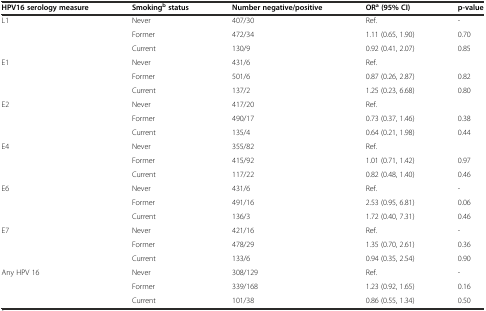
| HPV16 serology measure | Smokingbstatus | Number negative/positive | ORa(95% CI) | p-value |
 | --- | --- | --- | --- | --- |
 | <ROWSPAN=3> L1 | Never | 407/30 | Ref. | - |
 | Former | 472/34 | 1.11 (0.65, 1.90) | 0.70 |
 | Current | 130/9 | 0.92 (0.41, 2.07) | 0.85 |
 | <ROWSPAN=3> E1 | Never | 431/6 | Ref. |  |
 | Former | 501/6 | 0.87 (0.26, 2.87) | 0.82 |
 | Current | 137/2 | 1.25 (0.23, 6.68) | 0.80 |
 | <ROWSPAN=3> E2 | Never | 417/20 | Ref. |  |
 | Former | 490/17 | 0.73 (0.37, 1.46) | 0.38 |
 | Current | 135/4 | 0.64 (0.21, 1.98) | 0.44 |
 | <ROWSPAN=3> E4 | Never | 355/82 | Ref. |  |
 | Former | 415/92 | 1.01 (0.71, 1.42) | 0.97 |
 | Current | 117/22 | 0.82 (0.48, 1.40) | 0.46 |
 | <ROWSPAN=3> E6 | Never | 431/6 | Ref. | - |
 | Former | 491/16 | 2.53 (0.95, 6.81) | 0.06 |
 | Current | 136/3 | 1.72 (0.40, 7.31) | 0.46 |
 | <ROWSPAN=3> E7 | Never | 421/16 | Ref. | - |
 | Former | 478/29 | 1.35 (0.70, 2.61) | 0.36 |
 | Current | 133/6 | 0.94 (0.35, 2.54) | 0.90 |
 | <ROWSPAN=3> Any HPV 16 | Never | 308/129 | Ref. | - |
 | Former | 339/168 | 1.23 (0.92, 1.65) | 0.16 |
 | Current | 101/38 | 0.86 (0.55, 1.34) | 0.50 |